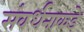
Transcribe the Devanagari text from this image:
संवर्धनाकडे